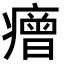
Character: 𤺧